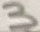
Text: 3